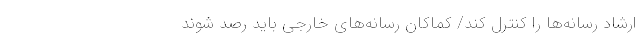
ارشاد رسانه‌ها را کنترل کند/ کماکان رسانه‌های خارجی باید رصد شوند